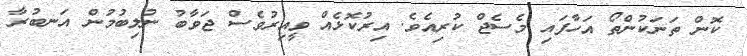
ކޮން ތަނަކުންތޯ އަހާފައި މެސެޖް ކުރިއެވެ. އިރުކޮޅެއް ވީއިރުވެސް ޖަވާބު ނުލިބުމުން އަނބުރާ